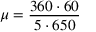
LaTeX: \mu = { \frac { 3 6 0 \cdot 6 0 } { 5 \cdot 6 5 0 } }